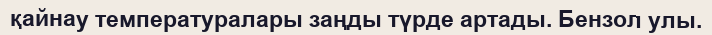
қайнау температуралары заңды түрде артады. Бензол улы.